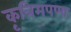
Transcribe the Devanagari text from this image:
कृत्रिमपणा